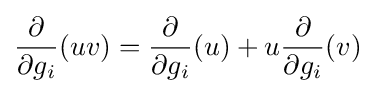
{\frac {\partial }{\partial g_{i}}}(uv)={\frac {\partial }{\partial g_{i}}}(u)+u{\frac {\partial }{\partial g_{i}}}(v)